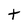
Character: t